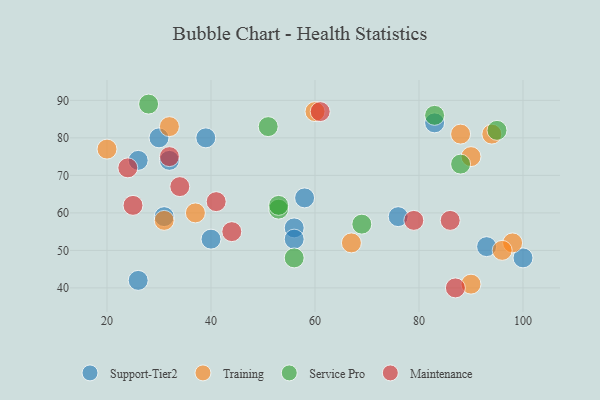
{"axis": {"x": "GDP", "y": "Life Expectancy"}, "legend": ["Maintenance", "Service Pro", "Support-Tier2", "Training"], "data": [{"x": "31", "y": 59, "type": "Support-Tier2"}, {"x": "26", "y": 42, "type": "Support-Tier2"}, {"x": "100", "y": 48, "type": "Support-Tier2"}, {"x": "93", "y": 51, "type": "Support-Tier2"}, {"x": "56", "y": 56, "type": "Support-Tier2"}, {"x": "76", "y": 59, "type": "Support-Tier2"}, {"x": "32", "y": 74, "type": "Support-Tier2"}, {"x": "26", "y": 74, "type": "Support-Tier2"}, {"x": "58", "y": 64, "type": "Support-Tier2"}, {"x": "30", "y": 80, "type": "Support-Tier2"}, {"x": "83", "y": 84, "type": "Support-Tier2"}, {"x": "56", "y": 53, "type": "Support-Tier2"}, {"x": "39", "y": 80, "type": "Support-Tier2"}, {"x": "40", "y": 53, "type": "Support-Tier2"}, {"x": "20", "y": 77, "type": "Training"}, {"x": "37", "y": 60, "type": "Training"}, {"x": "98", "y": 52, "type": "Training"}, {"x": "94", "y": 81, "type": "Training"}, {"x": "32", "y": 83, "type": "Training"}, {"x": "67", "y": 52, "type": "Training"}, {"x": "31", "y": 58, "type": "Training"}, {"x": "60", "y": 87, "type": "Training"}, {"x": "96", "y": 50, "type": "Training"}, {"x": "90", "y": 41, "type": "Training"}, {"x": "88", "y": 81, "type": "Training"}, {"x": "90", "y": 75, "type": "Training"}, {"x": "95", "y": 82, "type": "Service Pro"}, {"x": "88", "y": 73, "type": "Service Pro"}, {"x": "69", "y": 57, "type": "Service Pro"}, {"x": "51", "y": 83, "type": "Service Pro"}, {"x": "53", "y": 61, "type": "Service Pro"}, {"x": "28", "y": 89, "type": "Service Pro"}, {"x": "83", "y": 86, "type": "Service Pro"}, {"x": "56", "y": 48, "type": "Service Pro"}, {"x": "53", "y": 62, "type": "Service Pro"}, {"x": "24", "y": 72, "type": "Maintenance"}, {"x": "87", "y": 40, "type": "Maintenance"}, {"x": "32", "y": 75, "type": "Maintenance"}, {"x": "25", "y": 62, "type": "Maintenance"}, {"x": "79", "y": 58, "type": "Maintenance"}, {"x": "44", "y": 55, "type": "Maintenance"}, {"x": "41", "y": 63, "type": "Maintenance"}, {"x": "34", "y": 67, "type": "Maintenance"}, {"x": "86", "y": 58, "type": "Maintenance"}, {"x": "61", "y": 87, "type": "Maintenance"}]}